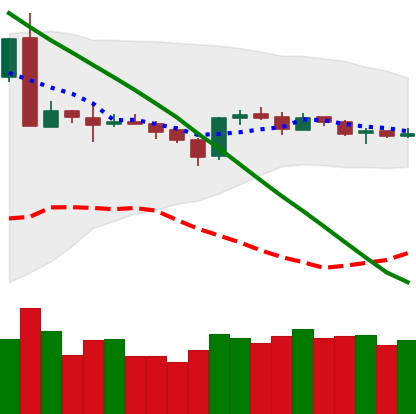
Ticker: ETH-USD
Chart end date: 2019-03-14
Forward return: 5.091%
Label: up_5_7